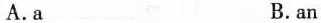
A.a B.an C.the